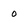
Character: o